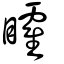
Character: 矐